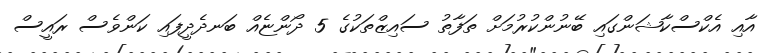
އާއި އެކްސްކާޝަންގައި ބޭނުންކުރުމަށް ތަފާތު ސައިޒްތަކުގެ 5 ދޯންޏެއް ބަނދެދީފައި ކަންވެސް ރައީސް